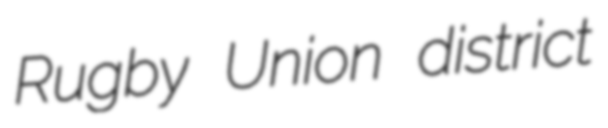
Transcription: Rugby Union district